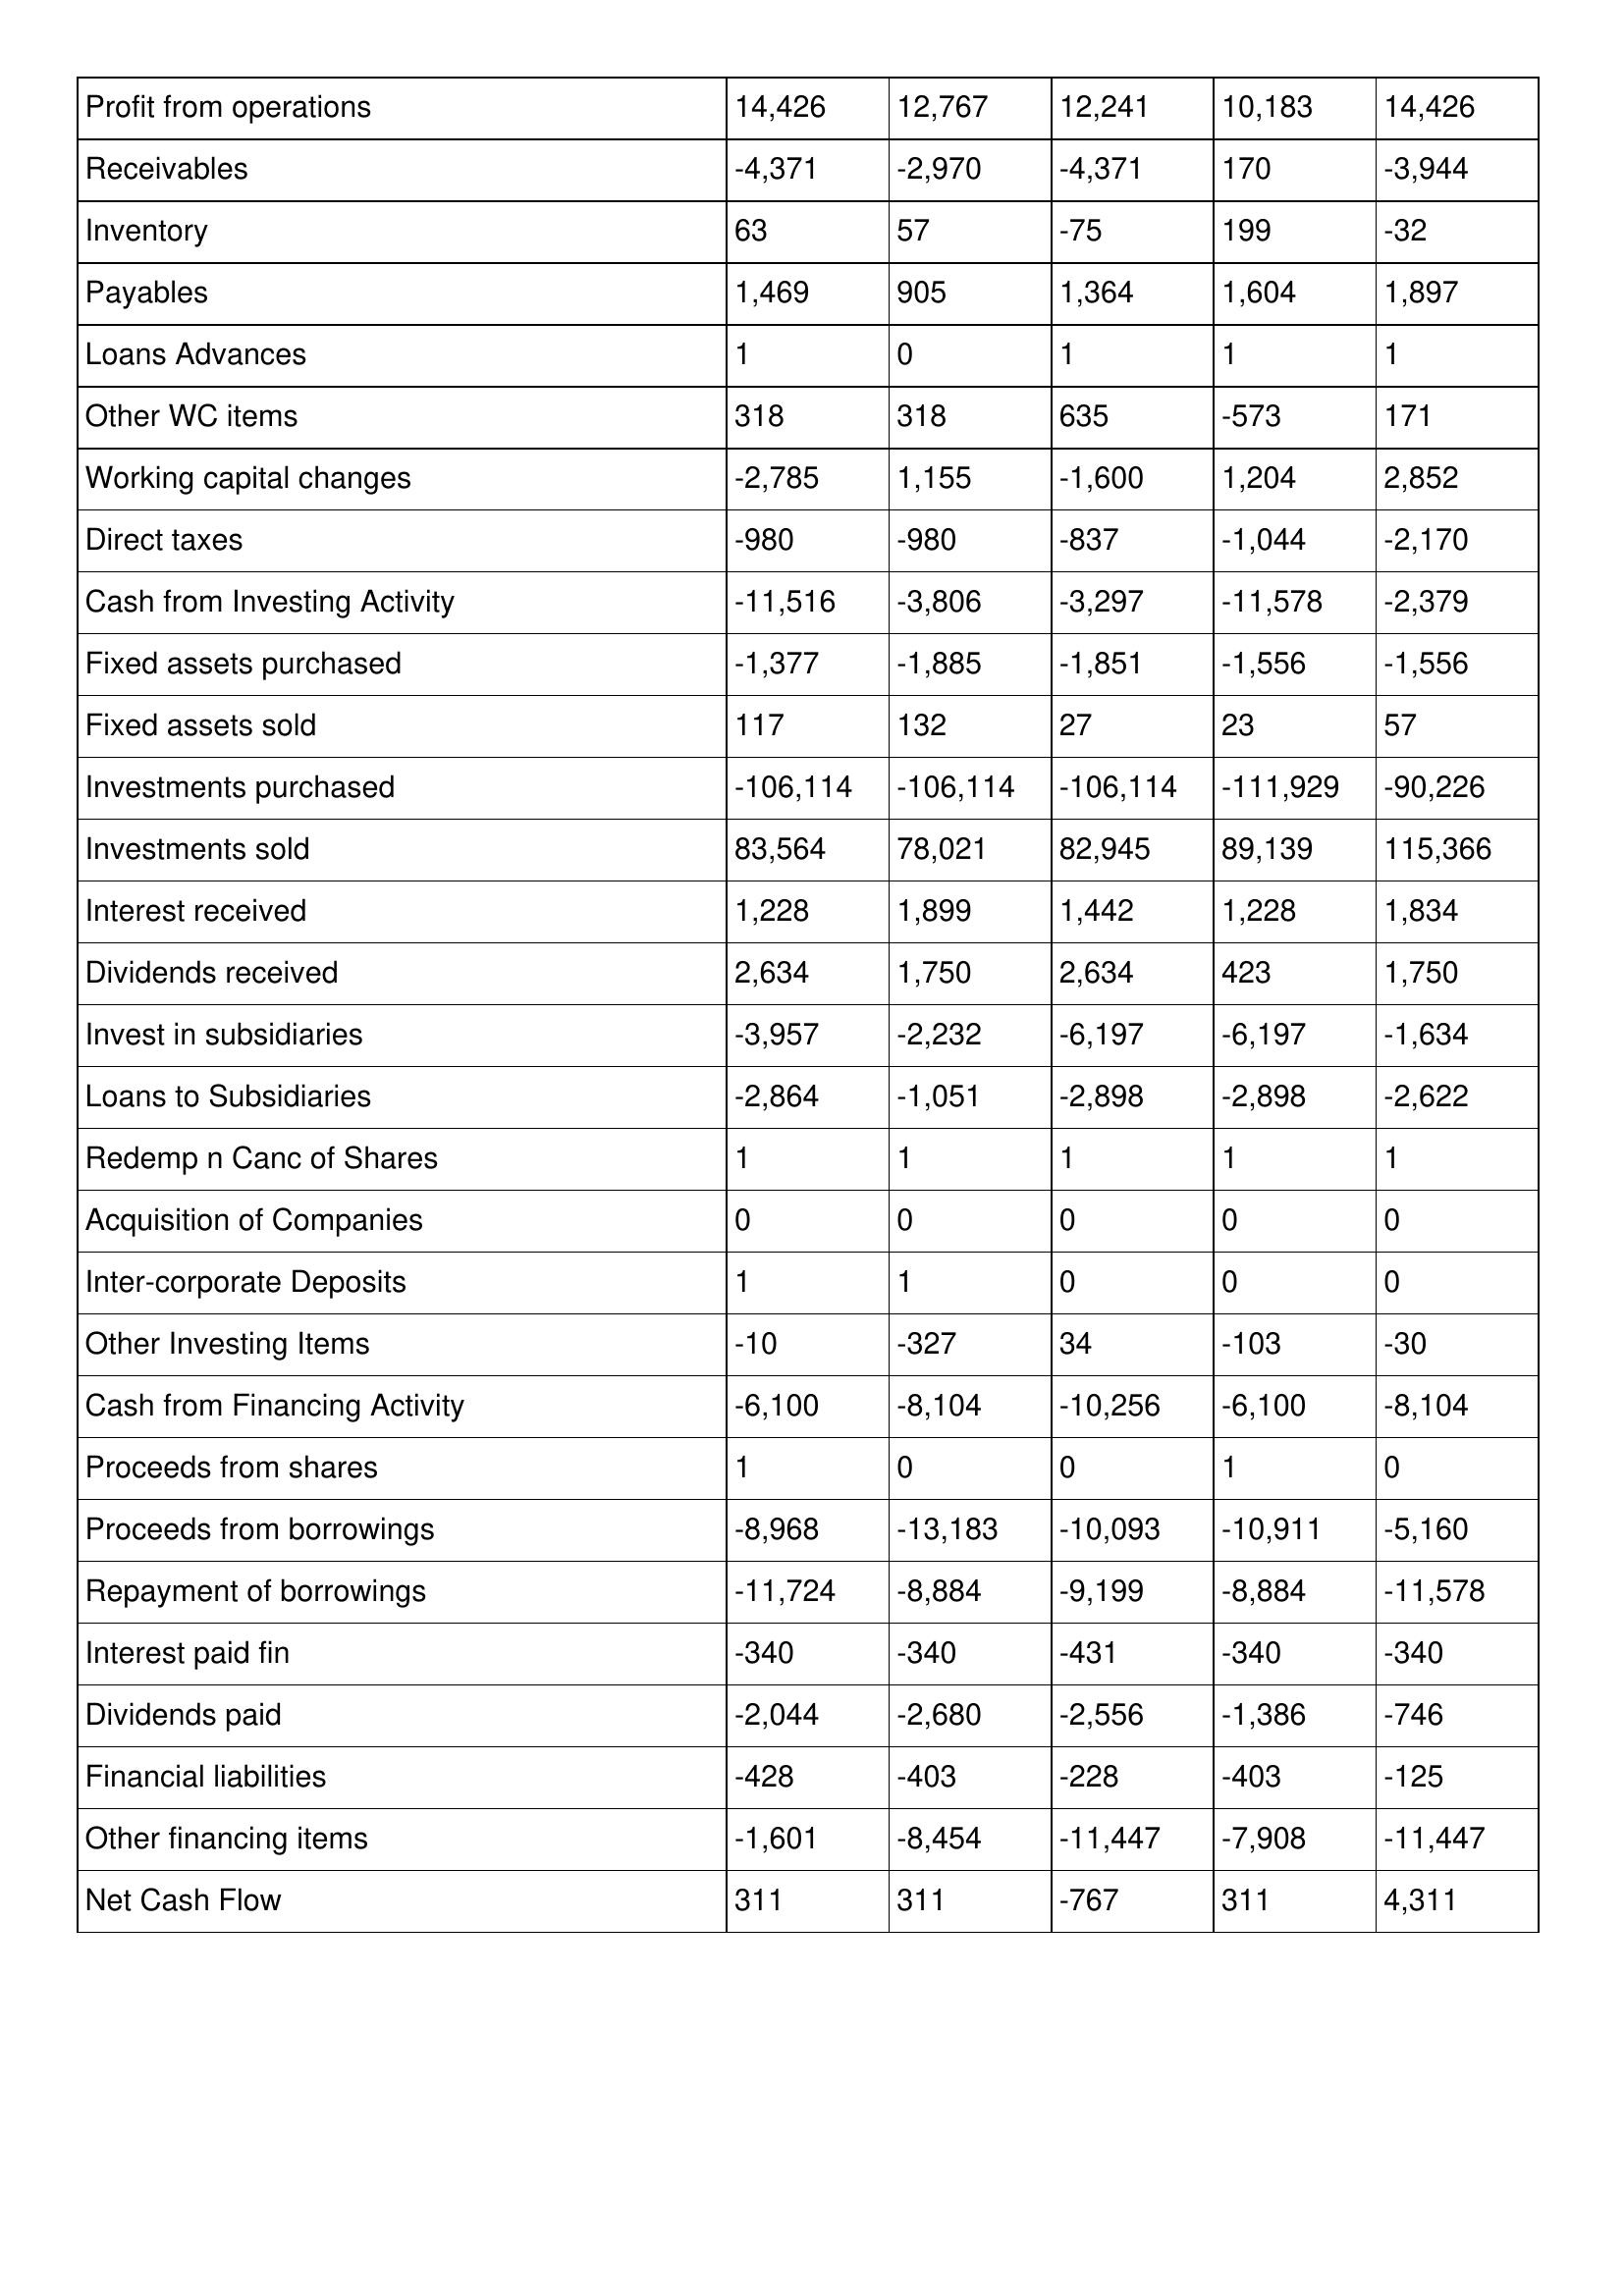
gt_parse: 2013: Cash Flows: Profit from operations: 14,426
Receivables: -4,371
Inventory: 63
Payables: 1,469
Loans Advances: 1
Other WC items: 318
Working capital changes: -2,785
Direct taxes: -980
Cash from Investing Activity: -11,516
Fixed assets purchased: -1,377
Fixed assets sold: 117
Investments purchased: -106,114
Investments sold: 83,564
Interest received: 1,228
Dividends received: 2,634
Invest in subsidiaries: -3,957
Loans to Subsidiaries: -2,864
Redemp n Canc of Shares: 1
Acquisition of Companies: 0
Inter-corporate Deposits: 1
Other Investing Items: -10
Cash from Financing Activity: -6,100
Proceeds from shares: 1
Proceeds from borrowings: -8,968
Repayment of borrowings: -11,724
Interest paid fin: -340
Dividends paid: -2,044
Financial liabilities: -428
Other financing items: -1,601
Net Cash Flow: 311
2012: Cash Flows: Profit from operations: 12,767
Receivables: -2,970
Inventory: 57
Payables: 905
Loans Advances: 0
Other WC items: 318
Working capital changes: 1,155
Direct taxes: -980
Cash from Investing Activity: -3,806
Fixed assets purchased: -1,885
Fixed assets sold: 132
Investments purchased: -106,114
Investments sold: 78,021
Interest received: 1,899
Dividends received: 1,750
Invest in subsidiaries: -2,232
Loans to Subsidiaries: -1,051
Redemp n Canc of Shares: 1
Acquisition of Companies: 0
Inter-corporate Deposits: 1
Other Investing Items: -327
Cash from Financing Activity: -8,104
Proceeds from shares: 0
Proceeds from borrowings: -13,183
Repayment of borrowings: -8,884
Interest paid fin: -340
Dividends paid: -2,680
Financial liabilities: -403
Other financing items: -8,454
Net Cash Flow: 311
2011: Cash Flows: Profit from operations: 12,241
Receivables: -4,371
Inventory: -75
Payables: 1,364
Loans Advances: 1
Other WC items: 635
Working capital changes: -1,600
Direct taxes: -837
Cash from Investing Activity: -3,297
Fixed assets purchased: -1,851
Fixed assets sold: 27
Investments purchased: -106,114
Investments sold: 82,945
Interest received: 1,442
Dividends received: 2,634
Invest in subsidiaries: -6,197
Loans to Subsidiaries: -2,898
Redemp n Canc of Shares: 1
Acquisition of Companies: 0
Inter-corporate Deposits: 0
Other Investing Items: 34
Cash from Financing Activity: -10,256
Proceeds from shares: 0
Proceeds from borrowings: -10,093
Repayment of borrowings: -9,199
Interest paid fin: -431
Dividends paid: -2,556
Financial liabilities: -228
Other financing items: -11,447
Net Cash Flow: -767
2010: Cash Flows: Profit from operations: 10,183
Receivables: 170
Inventory: 199
Payables: 1,604
Loans Advances: 1
Other WC items: -573
Working capital changes: 1,204
Direct taxes: -1,044
Cash from Investing Activity: -11,578
Fixed assets purchased: -1,556
Fixed assets sold: 23
Investments purchased: -111,929
Investments sold: 89,139
Interest received: 1,228
Dividends received: 423
Invest in subsidiaries: -6,197
Loans to Subsidiaries: -2,898
Redemp n Canc of Shares: 1
Acquisition of Companies: 0
Inter-corporate Deposits: 0
Other Investing Items: -103
Cash from Financing Activity: -6,100
Proceeds from shares: 1
Proceeds from borrowings: -10,911
Repayment of borrowings: -8,884
Interest paid fin: -340
Dividends paid: -1,386
Financial liabilities: -403
Other financing items: -7,908
Net Cash Flow: 311
2009: Cash Flows: Profit from operations: 14,426
Receivables: -3,944
Inventory: -32
Payables: 1,897
Loans Advances: 1
Other WC items: 171
Working capital changes: 2,852
Direct taxes: -2,170
Cash from Investing Activity: -2,379
Fixed assets purchased: -1,556
Fixed assets sold: 57
Investments purchased: -90,226
Investments sold: 115,366
Interest received: 1,834
Dividends received: 1,750
Invest in subsidiaries: -1,634
Loans to Subsidiaries: -2,622
Redemp n Canc of Shares: 1
Acquisition of Companies: 0
Inter-corporate Deposits: 0
Other Investing Items: -30
Cash from Financing Activity: -8,104
Proceeds from shares: 0
Proceeds from borrowings: -5,160
Repayment of borrowings: -11,578
Interest paid fin: -340
Dividends paid: -746
Financial liabilities: -125
Other financing items: -11,447
Net Cash Flow: 4,311